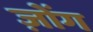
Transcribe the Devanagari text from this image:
ज़ोंग